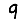
Digit: 9